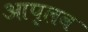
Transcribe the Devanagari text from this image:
आप्लव